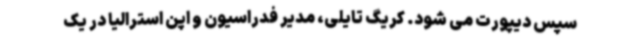
سپس دیپورت می شود. کریگ تایلی، مدیر فدراسیون و اپن استرالیا در یک